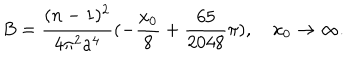
LaTeX: B = \frac { ( n - 1 ) ^ { 2 } } { 4 \pi ^ { 2 } a ^ { 4 } } ( - \frac { x _ { 0 } } { 8 } + \frac { 6 5 } { 2 0 4 8 } \pi ) , ~ x _ { 0 } \rightarrow \infty .